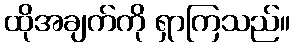
ထိုအချက်ကို ရှာကြသည်။